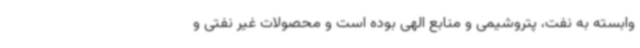
وابسته به نفت، پتروشیمی و منابع الهی بوده است و محصولات غیر نفتی و